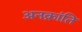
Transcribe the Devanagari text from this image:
अनक्रांति